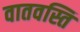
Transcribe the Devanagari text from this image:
वातवस्ति